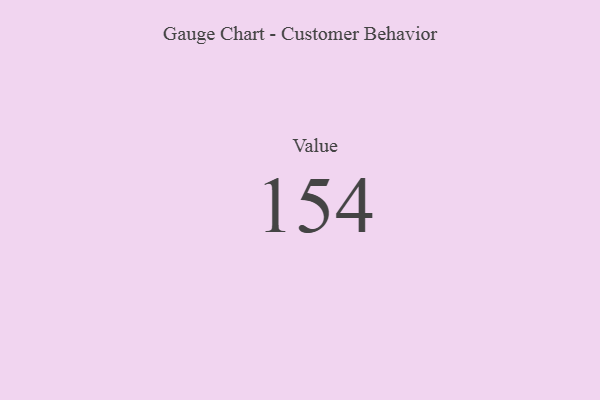
{"axis": {"x": "Metric", "y": "Value"}, "legend": [""], "data": [{"x": "Value", "y": 154, "type": ""}]}